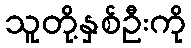
သူတို့နှစ်ဦးကို